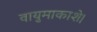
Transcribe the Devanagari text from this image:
वायुमाकाशे।